38_143685_box7_Incident_Summaries_1-100
Agency: Department of War
Page 194
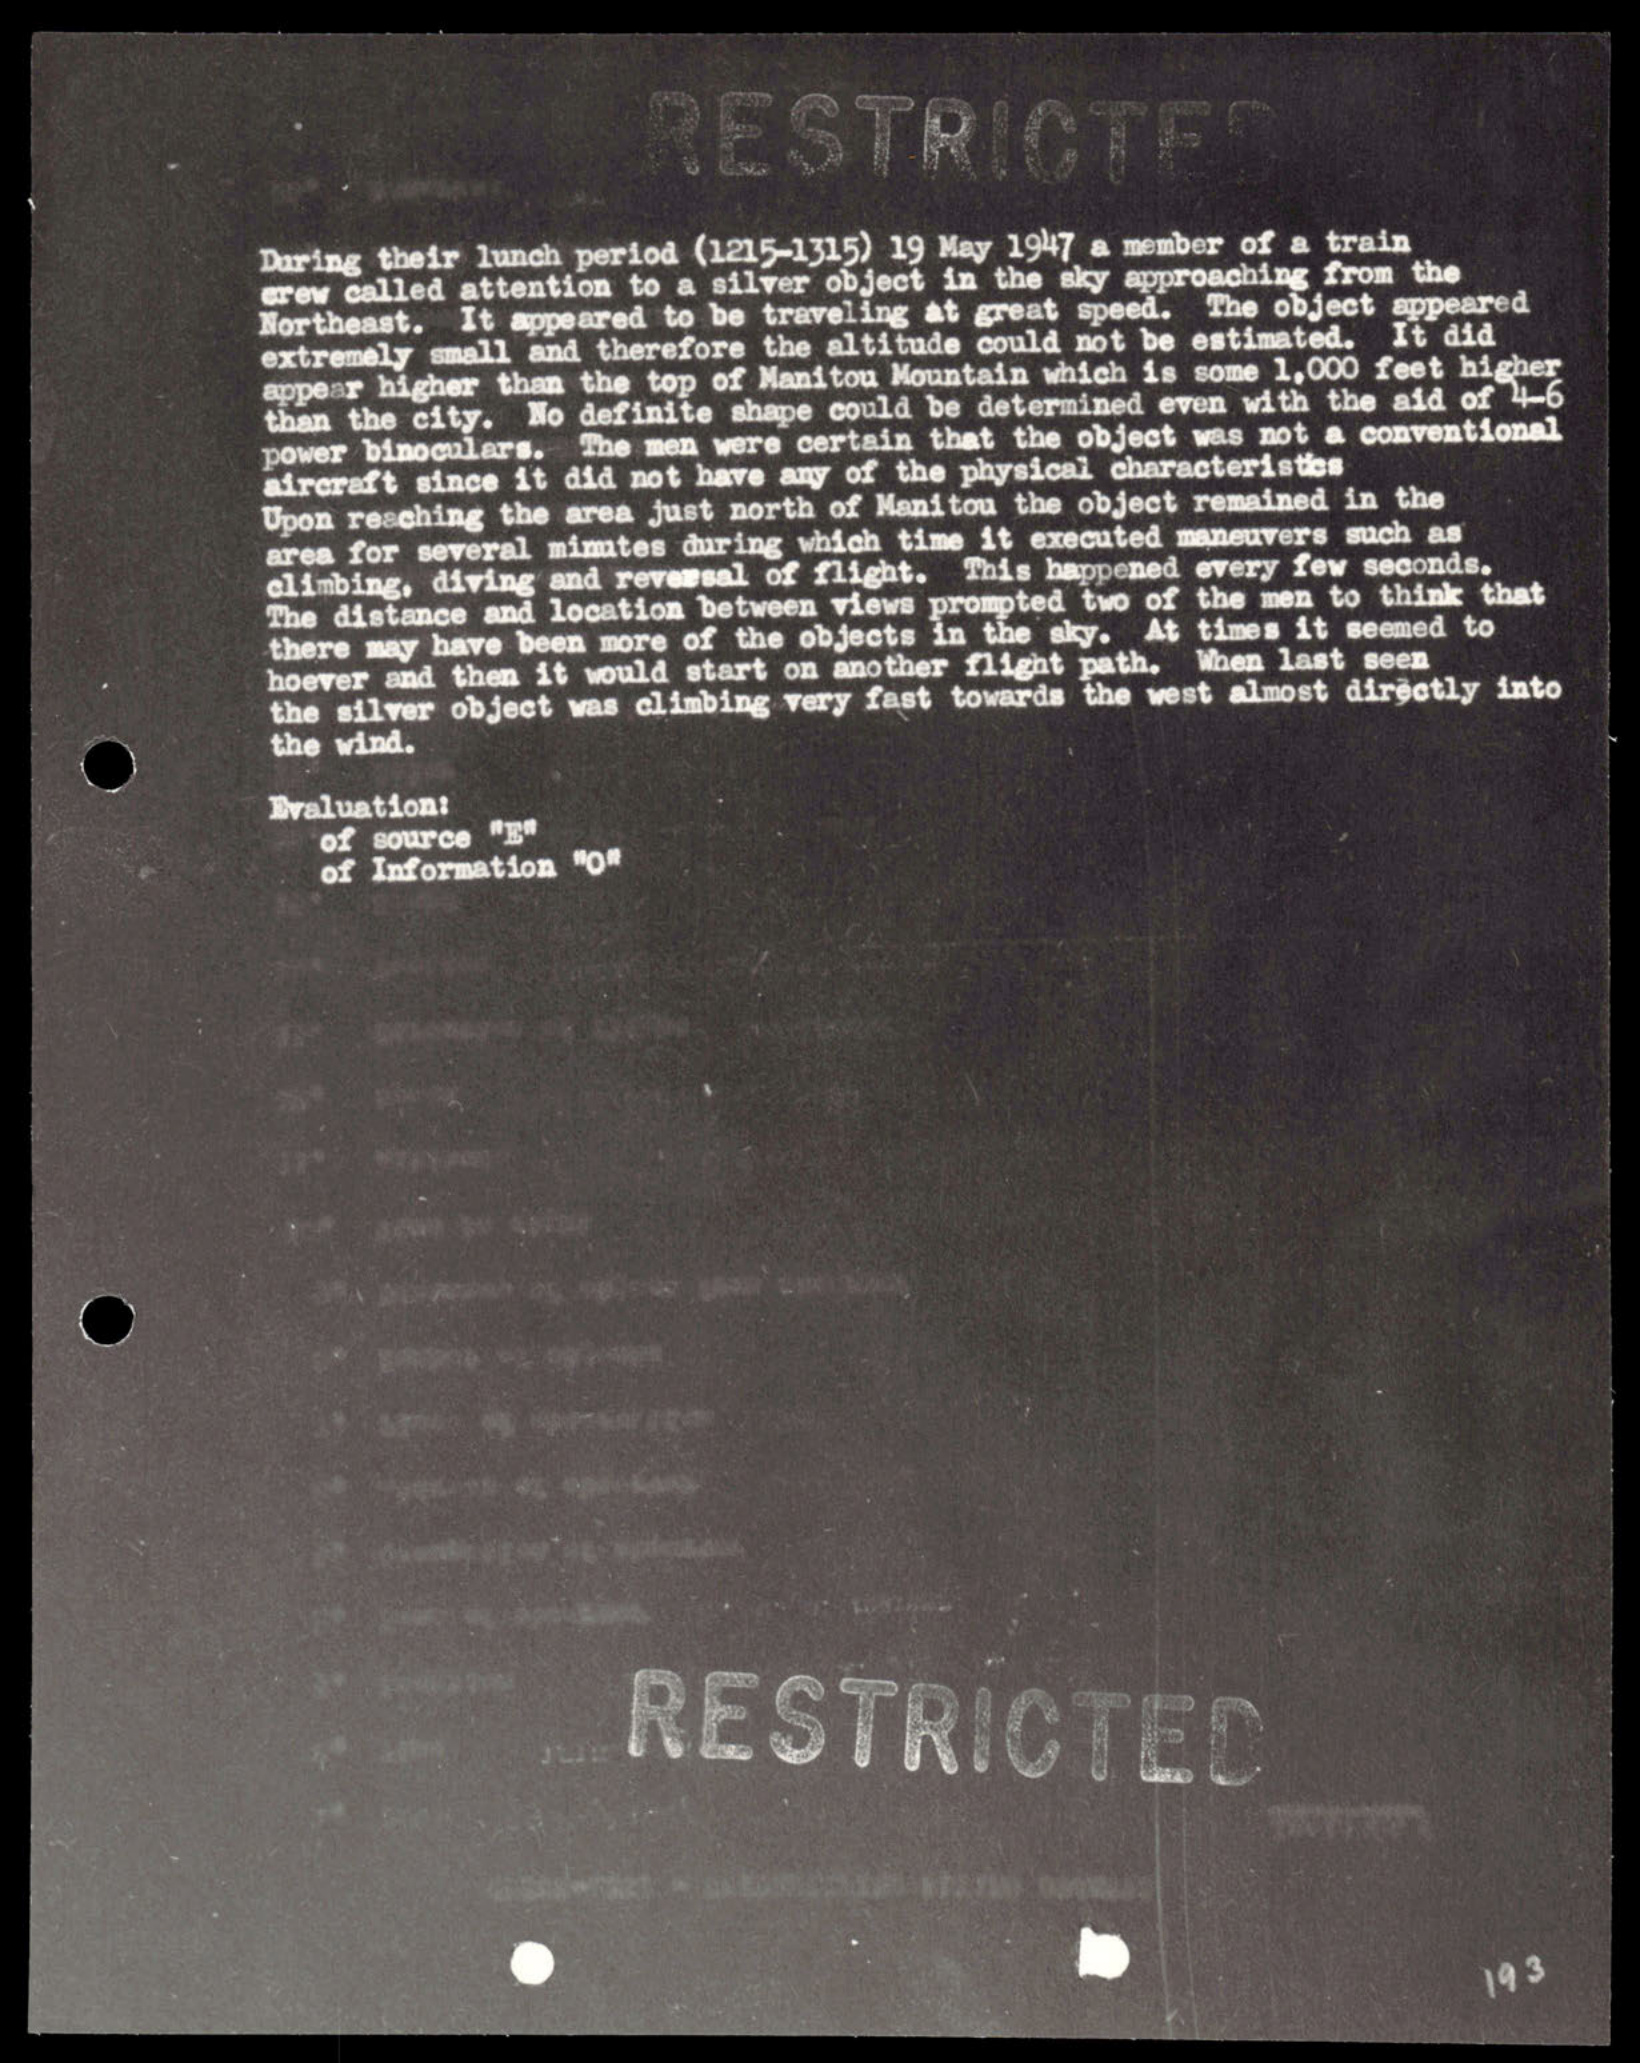